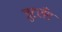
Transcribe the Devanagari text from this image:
जुटलँड